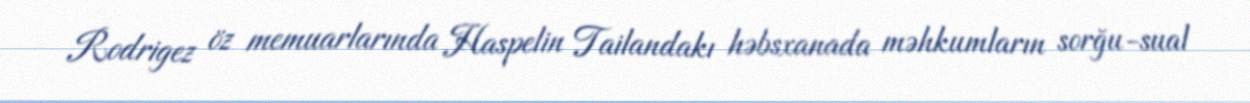
Rodrigez öz memuarlarında Haspelin Tailandakı həbsxanada məhkumların sorğu-sual